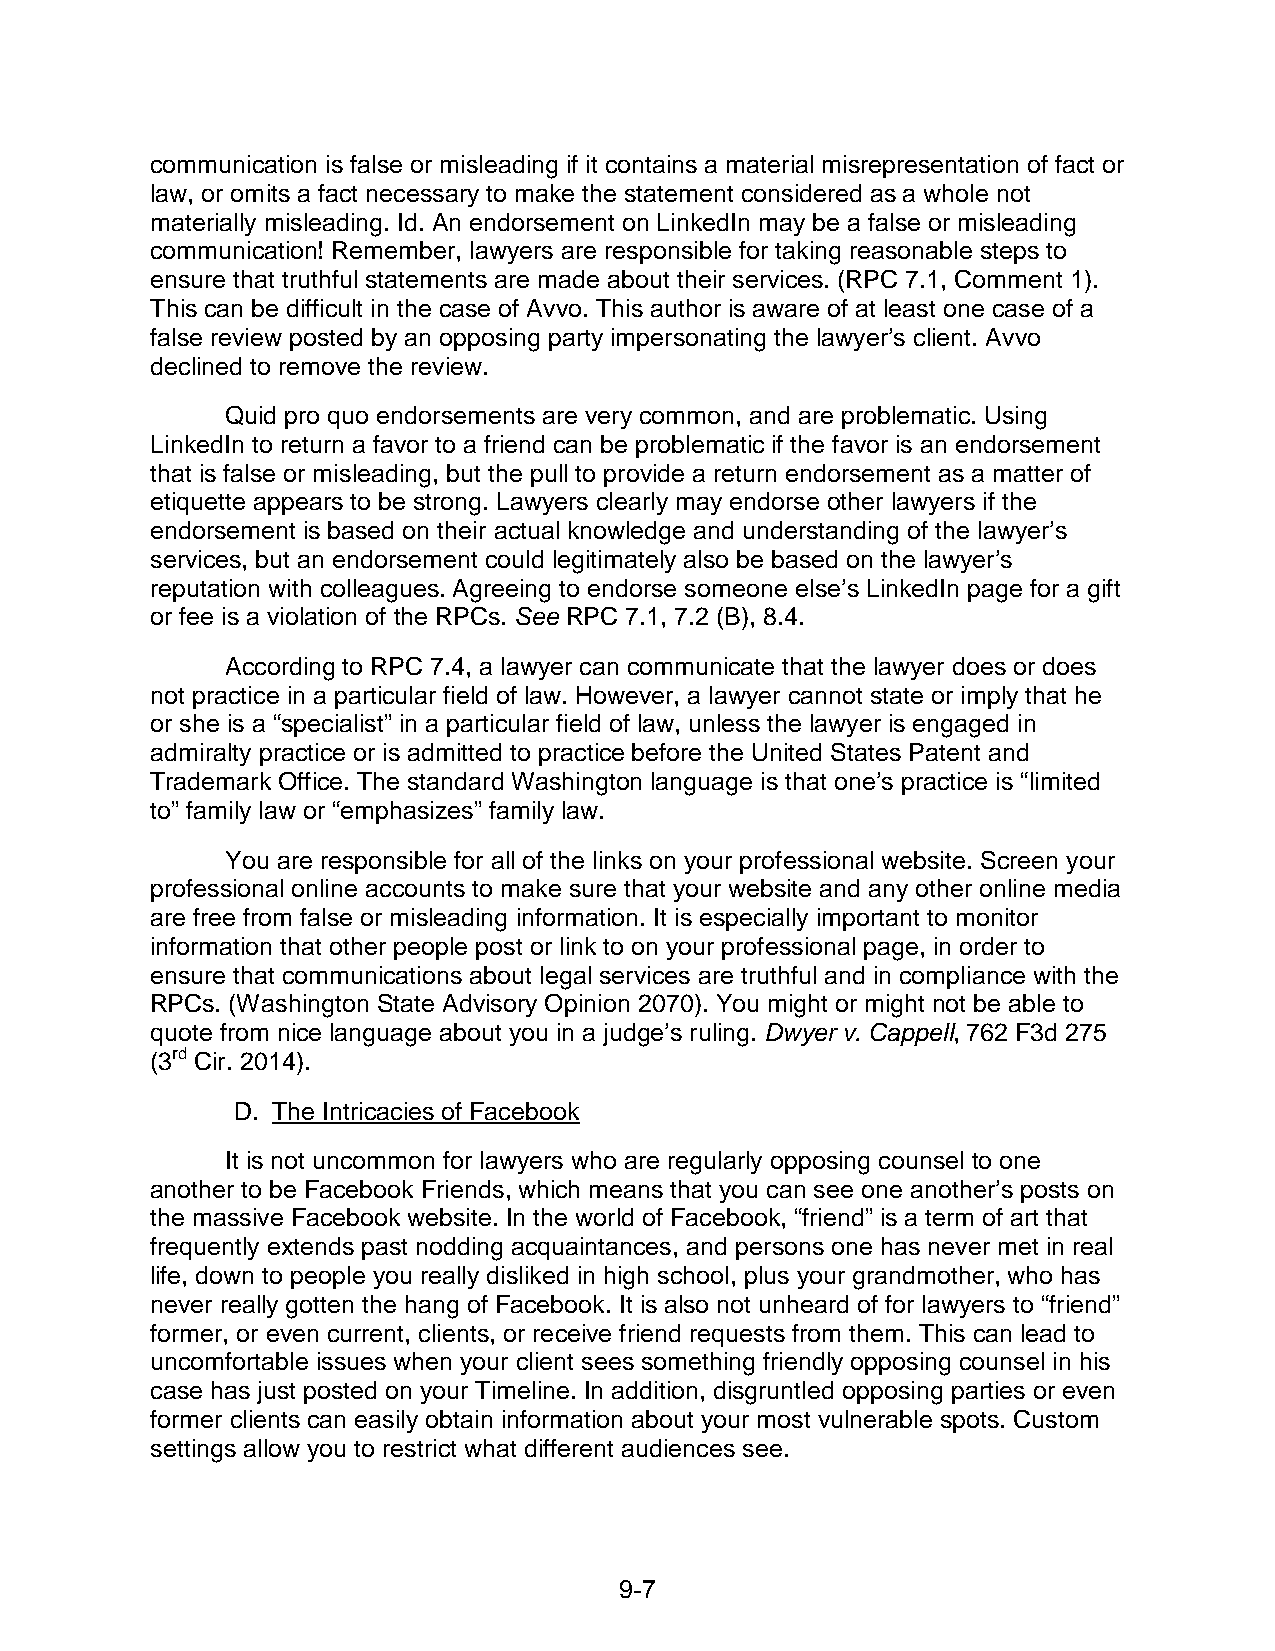
communication is false or misleading if it contains a material misrepresentation of fact or
 law, or omits a fact necessary to make the statement considered as a whole not
 materially misleading. Id. An endorsement on LinkedIn may be a false or misleading
 communication! Remember, lawyers are responsible for taking reasonable steps to
 ensure that truthful statements are made about their services. (RPC 7.1, Comment 1).
 This can be difficult in the case of Avvo. This author is aware of at least one case of a
 false review posted by an opposing party impersonating the lawyer’s client. Avvo
 declined to remove the review.
 Quid pro quo endorsements are very common, and are problematic. Using
 LinkedIn to return a favor to a friend can be problematic if the favor is an endorsement
 that is false or misleading, but the pull to provide a return endorsement as a matter of
 etiquette appears to be strong. Lawyers clearly may endorse other lawyers if the
 endorsement is based on their actual knowledge and understanding of the lawyer’s
 services, but an endorsement could legitimately also be based on the lawyer’s
 reputation with colleagues. Agreeing to endorse someone else’s LinkedIn page for a gift
 or fee is a violation of the RPCs. See RPC 7.1, 7.2 (B), 8.4.
 According to RPC 7.4, a lawyer can communicate that the lawyer does or does
 not practice in a particular field of law. However, a lawyer cannot state or imply that he
 or she is a “specialist” in a particular field of law, unless the lawyer is engaged in
 admiralty practice or is admitted to practice before the United States Patent and
 Trademark Office. The standard Washington language is that one’s practice is “limited
 to” family law or “emphasizes” family law.
 You are responsible for all of the links on your professional website. Screen your
 professional online accounts to make sure that your website and any other online media
 are free from false or misleading information. It is especially important to monitor
 information that other people post or link to on your professional page, in order to
 ensure that communications about legal services are truthful and in compliance with the
 RPCs. (Washington State Advisory Opinion 2070). You might or might not be able to
 quote from nice language about you in a judge’s ruling. Dwyer v. Cappell, 762 F3d 275
 (3rd Cir. 2014).
 D. The Intricacies of Facebook
 It is not uncommon for lawyers who are regularly opposing counsel to one
 another to be Facebook Friends, which means that you can see one another’s posts on
 the massive Facebook website. In the world of Facebook, “friend” is a term of art that
 frequently extends past nodding acquaintances, and persons one has never met in real
 life, down to people you really disliked in high school, plus your grandmother, who has
 never really gotten the hang of Facebook. It is also not unheard of for lawyers to “friend”
 former, or even current, clients, or receive friend requests from them. This can lead to
 uncomfortable issues when your client sees something friendly opposing counsel in his
 case has just posted on your Timeline. In addition, disgruntled opposing parties or even
 former clients can easily obtain information about your most vulnerable spots. Custom
 settings allow you to restrict what different audiences see.
 9- 7